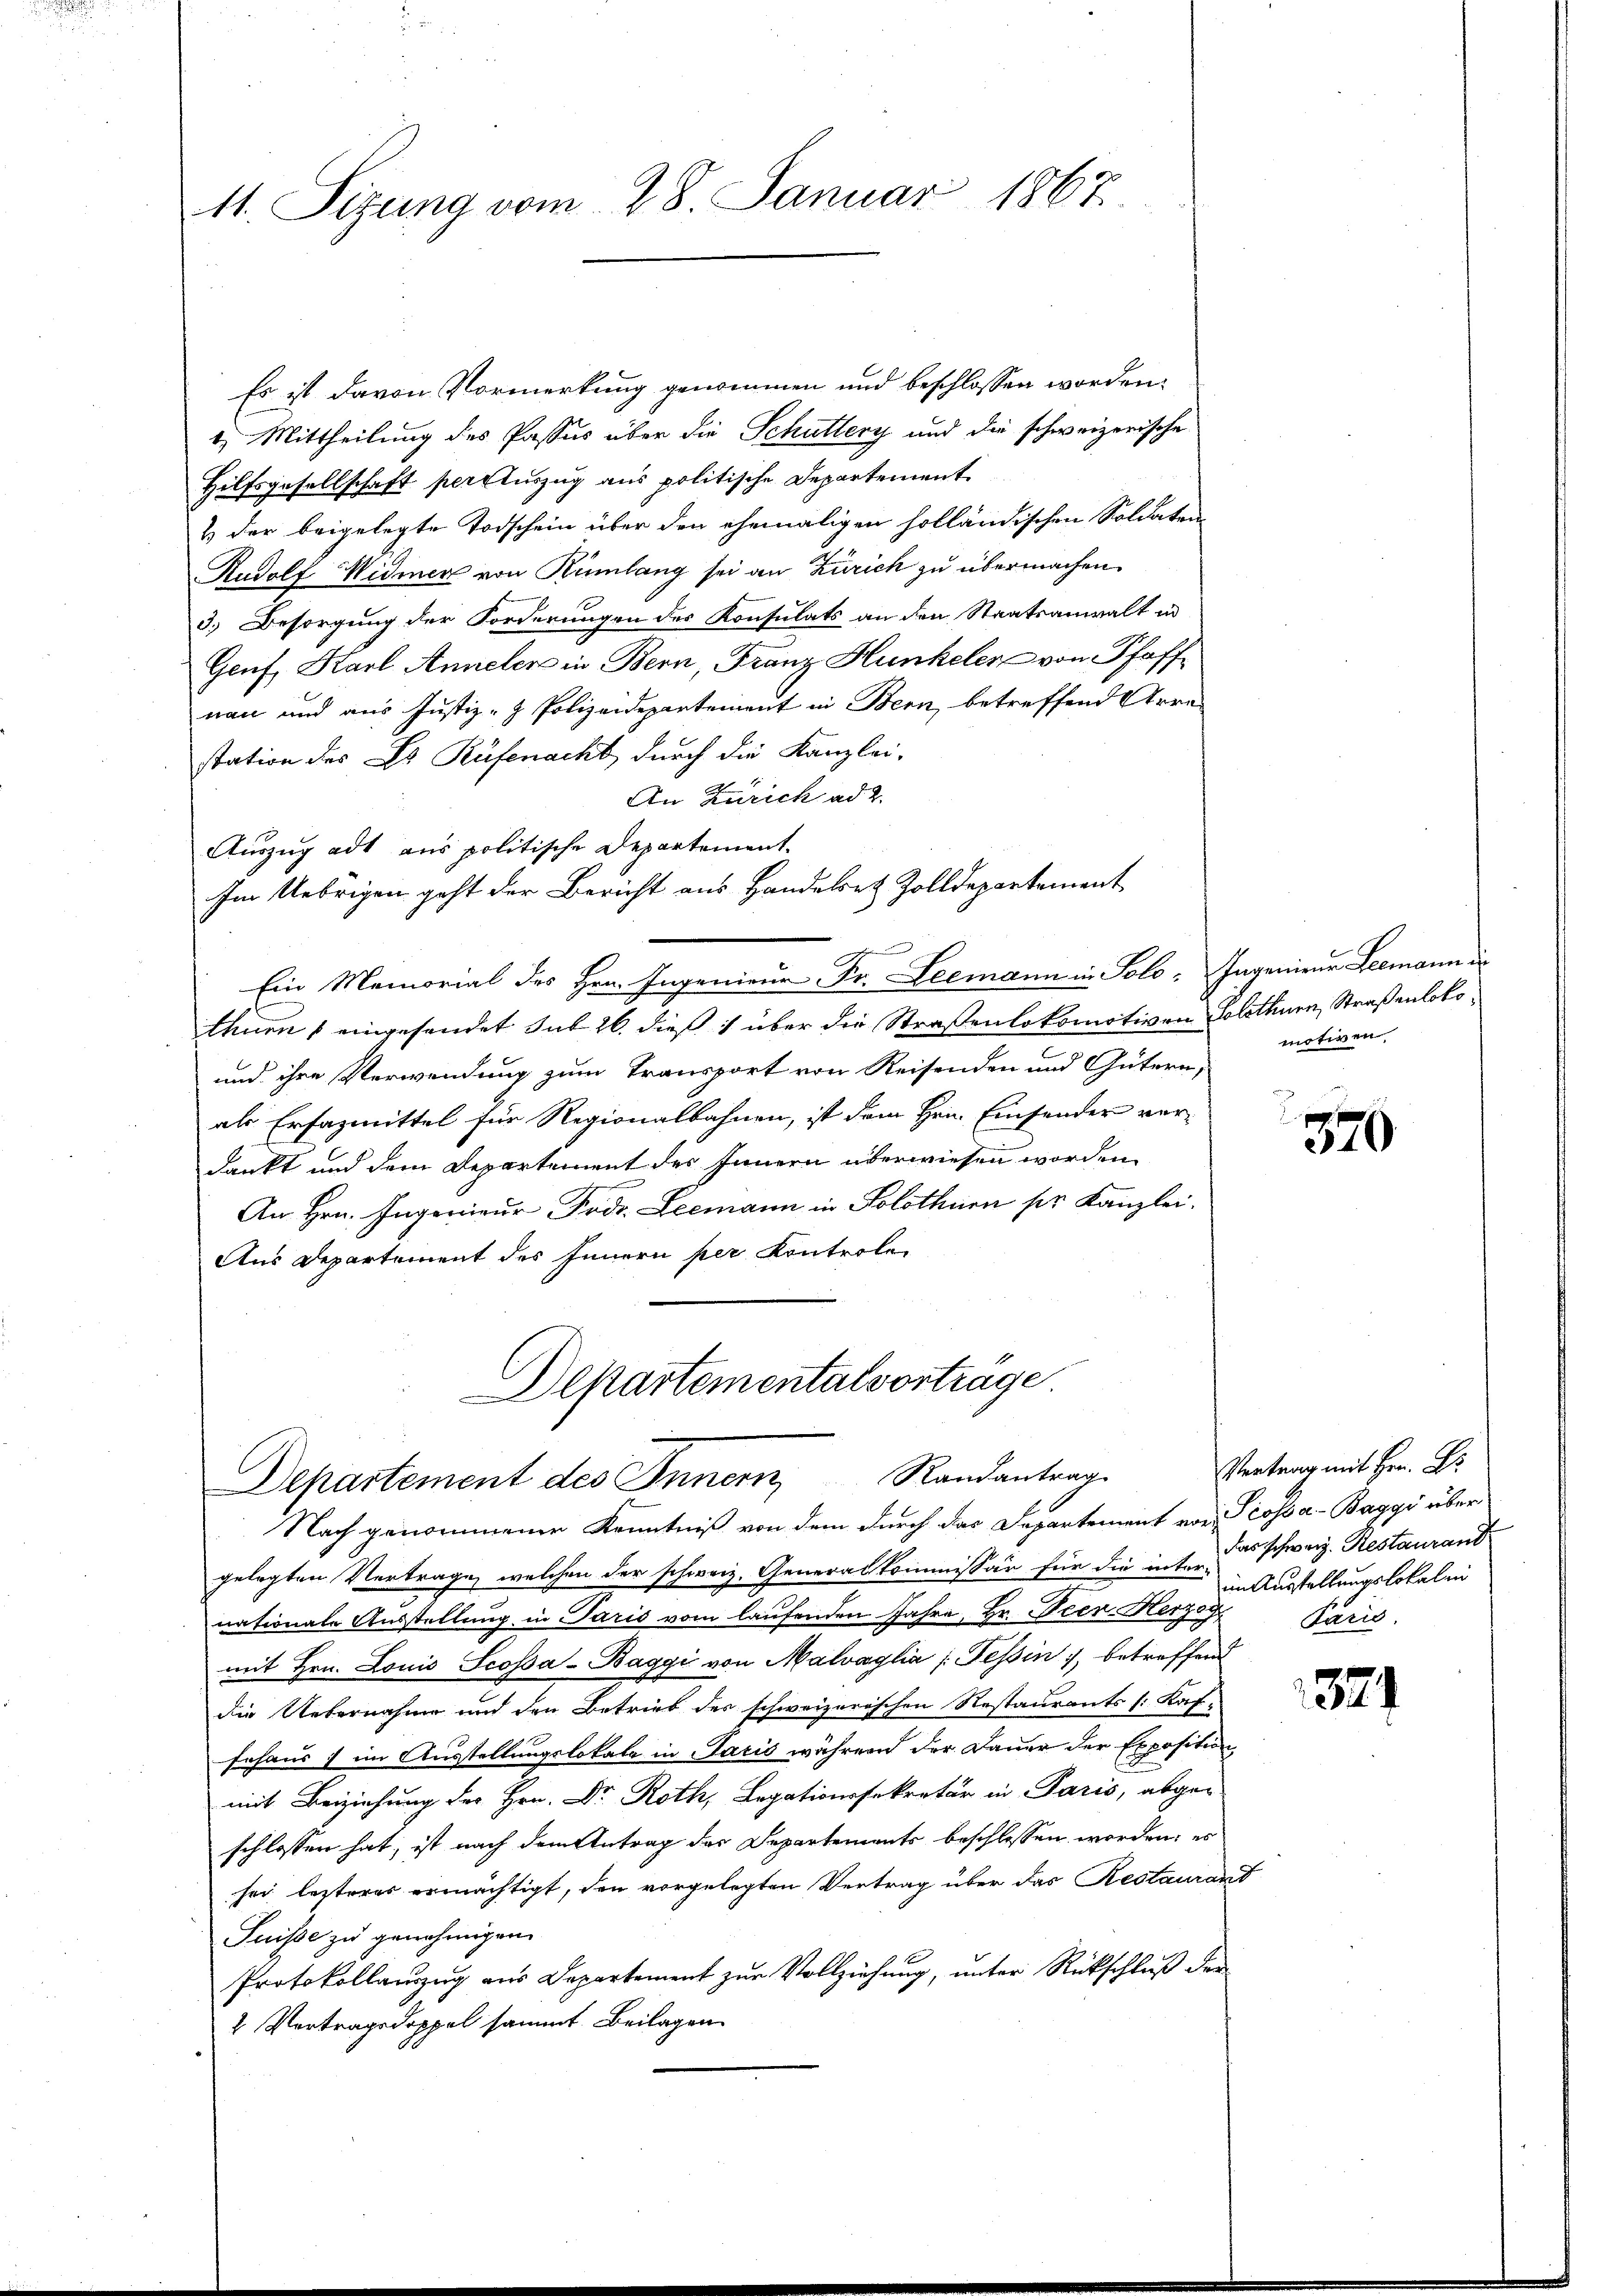
11. Sizung vom 28. Januar 1867

Es ist davon Vormerkung genommen und beschlossen worden.
t. Mittheilung des Passus über die Schüttery und die schweizerische
Hilfsgesellschaft percuszug aus politische Departement
& der beigelegte Todschein über den ehemaligen holländischen Soldaten-
Rudolf Widmer von Rümlang sei an Zürich zu übermachen.
3.) Besorgung der Forderungen des Konsulats an den Staatsanwalt in
Genf, Karl Anneler in Bern, Franz Hunkeler von Pfaffnau und aus Justiz- & Polizeidepartement in Bern, betreffend Arre
station des Dr. Rüfenacht, durch die Kanzlei-
An Zürich ad 2.
Auszug ad aus politische Departement.
Im Uebrigen geht der Bericht aus Handelet Zolldepartement
Ein Memorial des Hrn. Ingenieur. Fr. Leemann in Solo. Ingenieur Leemann in
thnen 1 eingesendet sub 26. dieß über die Straßenlokomotiven Solothurn, Straßenloko¬
und ihre Verwendung zum Transport von Reisenden und Gütern,
als Erfazmittel für Regionalbahnen, ist dem Hrn. Einsonder ver-
dankt und dem Departement des Innern überwiesen worden.
An Hrn. Ingenieur Fods. Leemann in Solothurn pr. Kanzlei.
Aus Departement des Innern per Kontrole
Departementalvortrage

Departement des Innern, Randantrag

Nach genommenen Kenntniß von dem durch das Departement von Trossa - Baggi übergelegten Vertrage, welchen der schweiz. Generalkommissär für die inte das schweiz. Restaurant
nationale Ausstellung in Paris vom laufenden Jahre, Hr. Peer. Herzog
mit Hrn. Louis Scossa - Baggi von Malvaglia (Tessin, betreffend
die Uebernahme und den Betrieb des schweizerischen Restaurants /:Kaf-
sehaus; im Ausstellungslokale in Paris während der Dauer der Exposition,
mit Beiziehung des Hrn. Dr. Roth, Legationssekretär in Paris, abge-
schlossen hat, ist nach dem Antrag der Departements beschlossen worden; es
sei lezteres ermächtigt, den vorgelegten Vertrag über das Restaurant
Suisse zu genehmigen.
Protokollanzug aus Departement zur Vollziehung, unter Rückschluß der
2 Vertragsdoppel sammt Beilagen

motiven

370

Vertrag mit Hrn. Er
in Ausstellungslokalen
Harid

1324